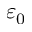
\varepsilon _ { 0 }